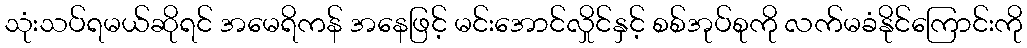
သုံးသပ်ရမယ်ဆိုရင် အမေရိကန် အနေဖြင့် မင်းအောင်လှိုင်နှင့် စစ်အုပ်စုကို လက်မခံနိုင်ကြောင်းကို